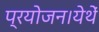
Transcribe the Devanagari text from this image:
प्रयोजन।येथें